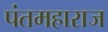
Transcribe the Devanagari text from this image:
पंतमहाराज